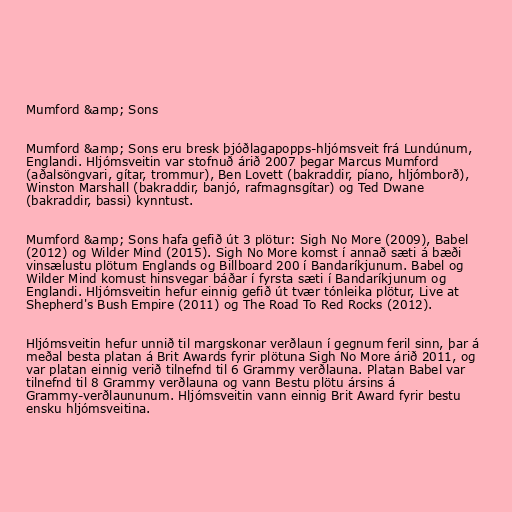
Mumford &amp; Sons

Mumford &amp; Sons eru bresk þjóðlagapopps-hljómsveit frá Lundúnum,
Englandi. Hljómsveitin var stofnuð árið 2007 þegar Marcus Mumford
(aðalsöngvari, gítar, trommur), Ben Lovett (bakraddir, píano, hljómborð),
Winston Marshall (bakraddir, banjó, rafmagnsgítar) og Ted Dwane
(bakraddir, bassi) kynntust.

Mumford &amp; Sons hafa gefið út 3 plötur: Sigh No More (2009), Babel
(2012) og Wilder Mind (2015). Sigh No More komst í annað sæti á bæði
vinsælustu plötum Englands og Billboard 200 í Bandaríkjunum. Babel og
Wilder Mind komust hinsvegar báðar í fyrsta sæti í Bandaríkjunum og
Englandi. Hljómsveitin hefur einnig gefið út tvær tónleika plötur, Live at
Shepherd's Bush Empire (2011) og The Road To Red Rocks (2012).

Hljómsveitin hefur unnið til margskonar verðlaun í gegnum feril sinn, þar á
meðal besta platan á Brit Awards fyrir plötuna Sigh No More árið 2011, og
var platan einnig verið tilnefnd til 6 Grammy verðlauna. Platan Babel var
tilnefnd til 8 Grammy verðlauna og vann Bestu plötu ársins á
Grammy-verðlaununum. Hljómsveitin vann einnig Brit Award fyrir bestu
ensku hljómsveitina.